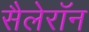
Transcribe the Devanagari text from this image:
सैलेरॉन